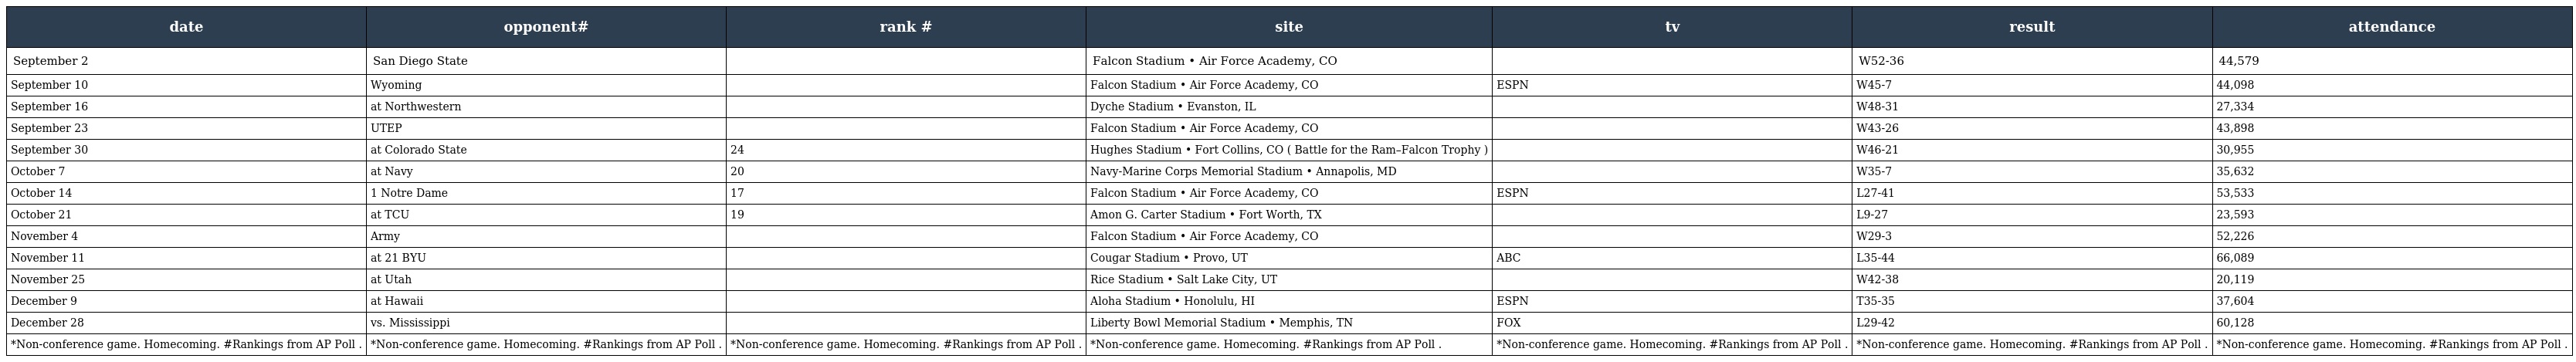
| date | opponent# | rank # | site | tv | result | attendance |
 | --- | --- | --- | --- | --- | --- | --- |
 | September 2 | San Diego State |  | Falcon Stadium • Air Force Academy, CO |  | W52-36 | 44,579 |
 | September 10 | Wyoming |  | Falcon Stadium • Air Force Academy, CO | ESPN | W45-7 | 44,098 |
 | September 16 | at Northwestern |  | Dyche Stadium • Evanston, IL |  | W48-31 | 27,334 |
 | September 23 | UTEP |  | Falcon Stadium • Air Force Academy, CO |  | W43-26 | 43,898 |
 | September 30 | at Colorado State | 24 | Hughes Stadium • Fort Collins, CO ( Battle for the Ram–Falcon Trophy ) |  | W46-21 | 30,955 |
 | October 7 | at Navy | 20 | Navy-Marine Corps Memorial Stadium • Annapolis, MD |  | W35-7 | 35,632 |
 | October 14 | 1 Notre Dame | 17 | Falcon Stadium • Air Force Academy, CO | ESPN | L27-41 | 53,533 |
 | October 21 | at TCU | 19 | Amon G. Carter Stadium • Fort Worth, TX |  | L9-27 | 23,593 |
 | November 4 | Army |  | Falcon Stadium • Air Force Academy, CO |  | W29-3 | 52,226 |
 | November 11 | at 21 BYU |  | Cougar Stadium • Provo, UT | ABC | L35-44 | 66,089 |
 | November 25 | at Utah |  | Rice Stadium • Salt Lake City, UT |  | W42-38 | 20,119 |
 | December 9 | at Hawaii |  | Aloha Stadium • Honolulu, HI | ESPN | T35-35 | 37,604 |
 | December 28 | vs. Mississippi |  | Liberty Bowl Memorial Stadium • Memphis, TN | FOX | L29-42 | 60,128 |
 | *Non-conference game. Homecoming. #Rankings from AP Poll . | *Non-conference game. Homecoming. #Rankings from AP Poll . | *Non-conference game. Homecoming. #Rankings from AP Poll . | *Non-conference game. Homecoming. #Rankings from AP Poll . | *Non-conference game. Homecoming. #Rankings from AP Poll . | *Non-conference game. Homecoming. #Rankings from AP Poll . | *Non-conference game. Homecoming. #Rankings from AP Poll . |